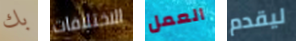
بك الاختلافات العمل ليقدم